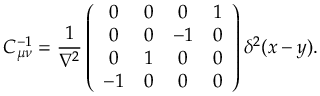
C _ { \mu \nu } ^ { - 1 } = \frac { 1 } { \nabla ^ { 2 } } \left( \begin{array} { c c c c } { { 0 } } & { { 0 } } & { { 0 } } & { { 1 } } \\ { { 0 } } & { { 0 } } & { { - 1 } } & { { 0 } } \\ { { 0 } } & { { 1 } } & { { 0 } } & { { 0 } } \\ { { - 1 } } & { { 0 } } & { { 0 } } & { { 0 } } \end{array} \right) \delta ^ { 2 } ( x - y ) .